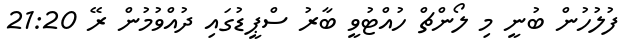
ފުލުހުން ބުނީ މި ލޯންޗް ހުއްޓުވީ ބާރު ސްޕީޑުގައި ދުއްވުމުން ރޭ 21:20